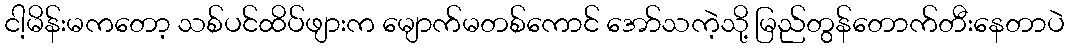
ငါ့မိန်းမကတော့ သစ်ပင်ထိပ်ဖျားက မျောက်မတစ်ကောင် အော်သကဲ့သို့ မြည်တွန်တောက်တီးနေတာပဲ